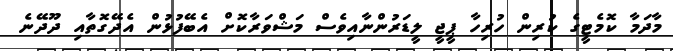
މާދަމާ ކޮމެޓީގެ ކުރިން ހުރިހާ ޕީޖީ ލީޑަރުންނާއިވެސް މަޝްވަރާކޮށް އެބޭފުޅުން އެދޭގޮތާއި ދޫދޭނެ